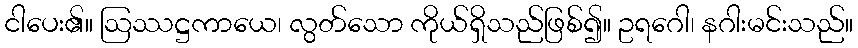
ငါပေး၏။ ဩဿဋ္ဌကာယေ၊ လွတ်သော ကိုယ်ရှိသည်ဖြစ်၍။ ဥရဂေါ၊ နဂါးမင်းသည်။